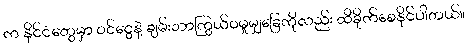
က နိုင်ငံတွေမှာ ၀င်ငွေနဲ့ ချမ်းသာကြွယ်ဝမှုမျှခြေကိုလည်း ထိခိုက်စေနိုင်ပါတယ်။